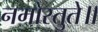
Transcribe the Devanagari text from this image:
नमोस्तुते॥